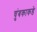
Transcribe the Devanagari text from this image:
चुंबकाकडे